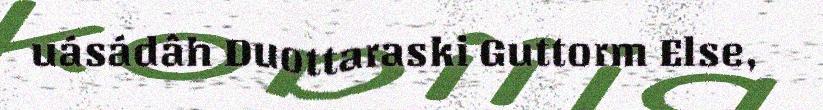
uásádâh Duottaraski Guttorm Else,